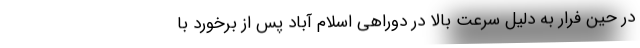
در حین فرار به دلیل سرعت بالا در دوراهی اسلام آباد پس از برخورد با